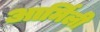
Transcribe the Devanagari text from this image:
आर्मिली